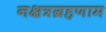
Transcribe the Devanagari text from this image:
नक्षत्रग्रहणाम